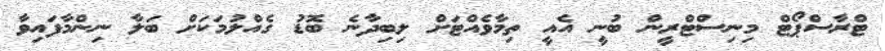
ޓްރާސްޕޯޓް މިނިސްޓްރީން ބުނީ އެއީ ތިމާވެއްޓަށް ލިބިދާނެ ބޮޑު ގެއްލުމަކަށް ބަލާ ނިންމާފައިވާ